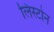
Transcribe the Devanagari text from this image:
लिस्टोन